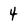
Character: 4